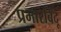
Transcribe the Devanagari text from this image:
प्रभारबिंदू